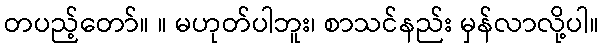
တပည့်တော်။ ။ မဟုတ်ပါဘူး၊ စာသင်နည်း မှန်လာလို့ပါ။